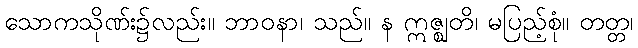
သောကသိုဏ်း၌လည်း။ ဘာဝနာ၊ သည်။ န ဣဇ္ဈတိ၊ မပြည့်စုံ။ တတ္တ၊